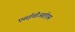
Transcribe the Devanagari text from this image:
एसईवीआईएस